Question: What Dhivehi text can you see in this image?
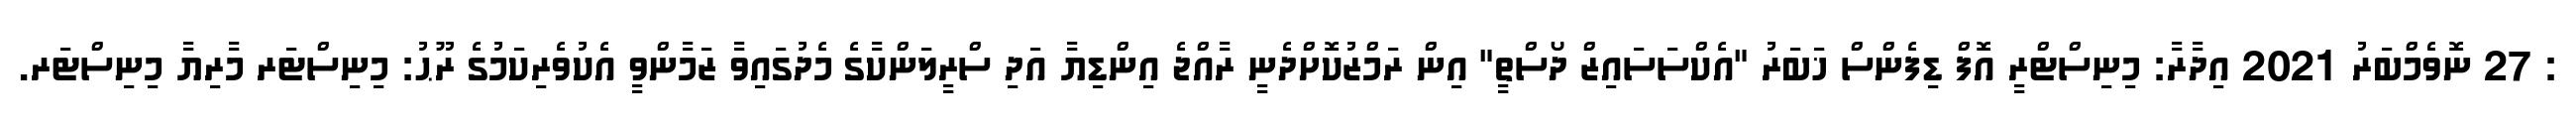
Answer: : 27 ނޮވެމްބަރު 2021 އިދާރާ: މިނިސްޓްރީ އޮފް ޑިފެންސް ޚަބަރު "އެކްސަސައިޒް ދޯސްތީ" އިން ރަމްޒުކޮށްދެނީ ރާއްޖެ އިންޑިޔާ އަދި ސްރީލަންކާގެ މެދުގައިވާ ޒަމާންވީ އެކުވެރިކަމުގެ ރޫޙު: މިނިސްޓަރ މާރިޔާ މިނިސްޓަރ.